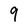
Character: 9